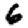
Digit: 6